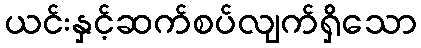
ယင်းနှင့်ဆက်စပ်လျက်ရှိသော